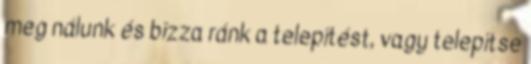
meg nálunk és bízza ránk a telepítést, vagy telepítse